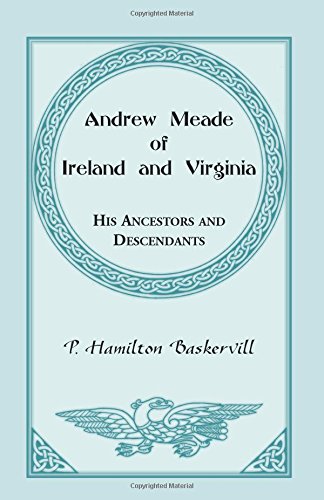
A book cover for Andrew Meade of Ireland and Virginia: His Ancestors, and Some of His Descendants and Their Connections; P. Hamilton Baskerville; Reference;